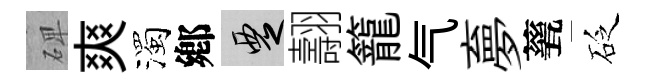
𥓓爽濁鄕覂翿籠气夣甆砭